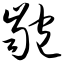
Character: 龅